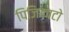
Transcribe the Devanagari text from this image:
पिजिकाटो